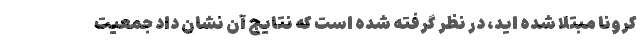
کرونا مبتلا شده اید، در نظر گرفته شده است که نتایج آن نشان داد جمعیت